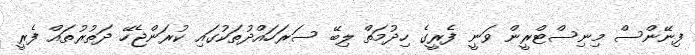
ފިނޭންސް މިނިސްޓްރީން ވަނީ ފެރީގެ ހިދުމަތް ލިބޭ ސަރަހައްދުތަކުގައި ކުރަންޖެހޭ ދަތުރުތައް ފެރީ